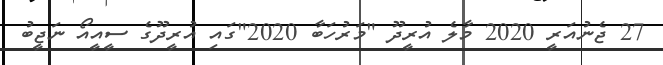
27 ޖެނުއަރީ 2020 މާލެ އުރީދޫ "މަރުހަބާ 2020"ގައި އުރީދޫގެ ސީއީއޯ ނަޖީބު